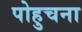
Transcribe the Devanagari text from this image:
पोहुचना